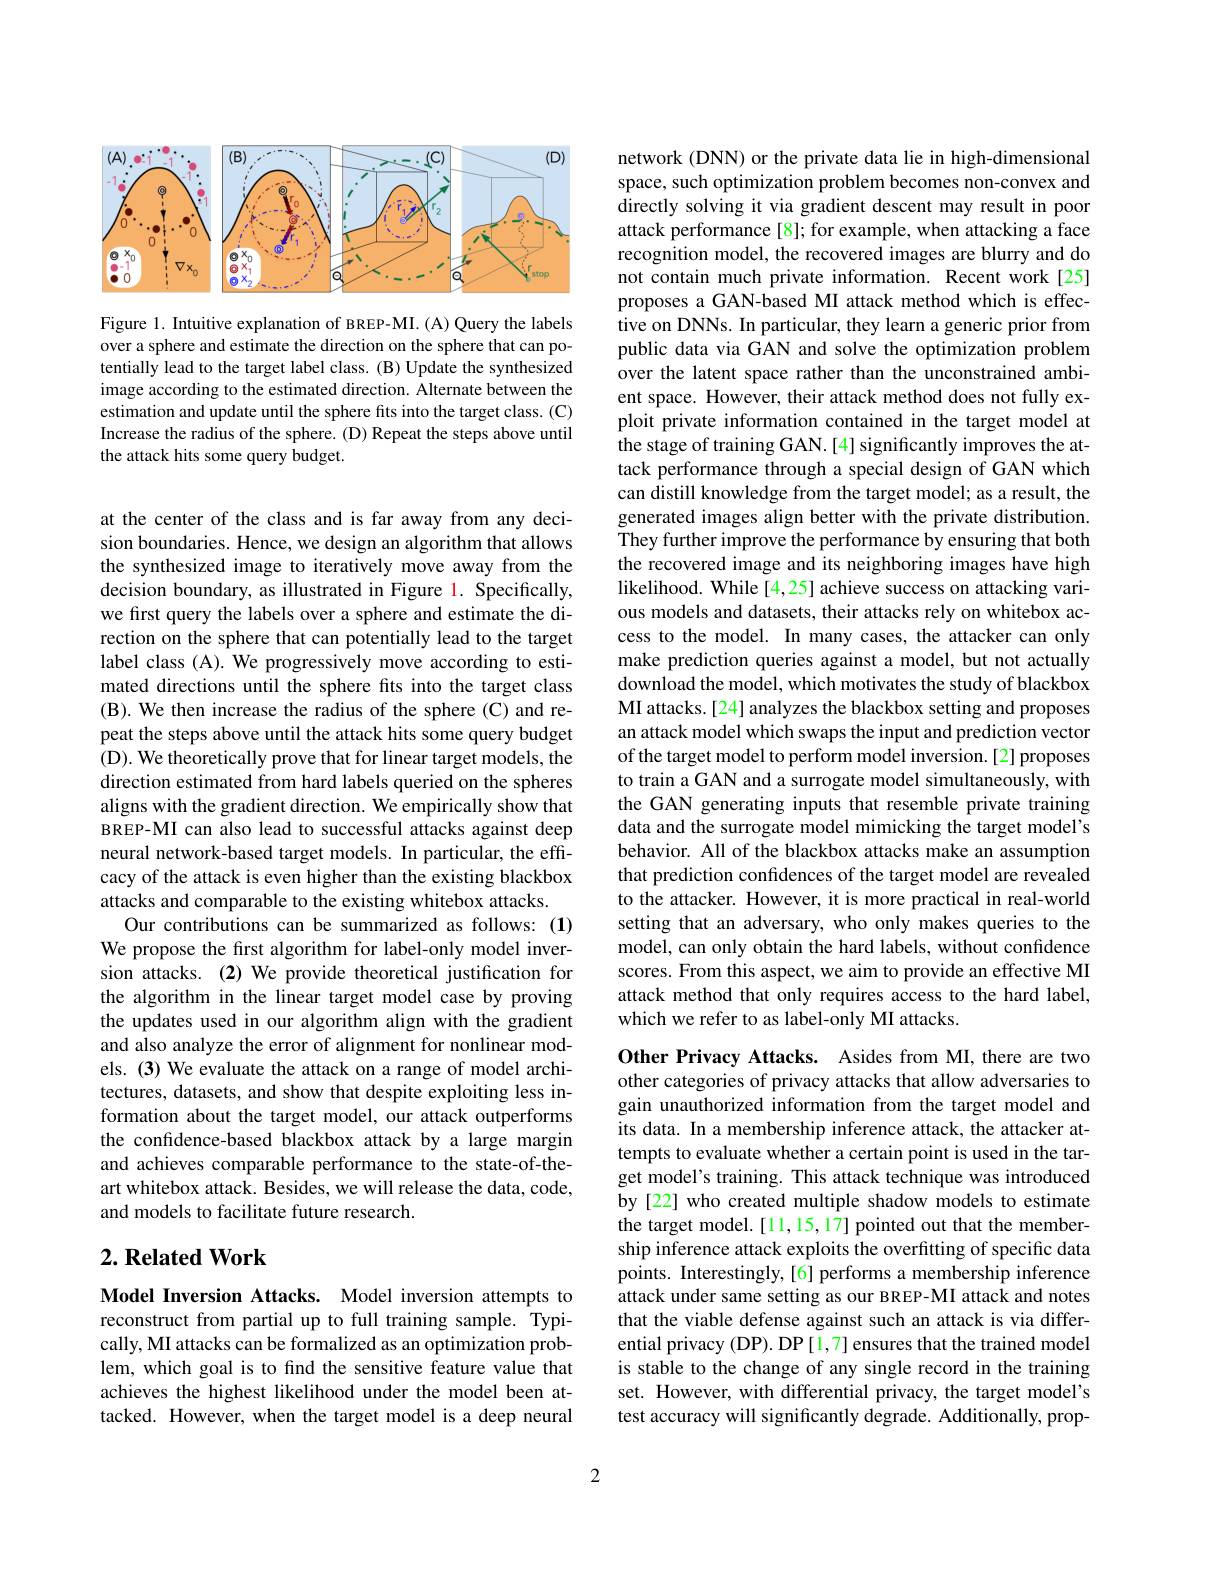
<FigureHere>

Figure 1. Intuitive explanation of BREP-MI. (A) Query the labels over a sphere and estimate the direction on the sphere that can potentially lead to the target label class. (B) Update the synthesized image according to the estimated direction. Alternate between the estimation and update until the sphere fits into the target class. (C) Increase the radius of the sphere. (D) Repeat the steps above until the attack hits some query budget.

at the center of the class and is far away from any decision boundaries. Hence, we design an algorithm that allows the synthesized image to iteratively move away from the decision boundary, as illustrated in Figure 1. Specifically, we first query the labels over a sphere and estimate the direction on the sphere that can potentially lead to the target label class (A). We progressively move according to estimated directions until the sphere fits into the target class (B). We then increase the radius of the sphere (C) and repeat the steps above until the attack hits some query budget (D). We theoretically prove that for linear target models, the direction estimated from hard labels queried on the spheres aligns with the gradient direction. We empirically show that BREP-MI can also lead to successful attacks against deep neural network-based target models. In particular, the effcacy of the attack is even higher than the existing blackbox attacks and comparable to the existing whitebox attacks.
Our contributions can be summarized as follows: (1) We propose the first algorithm for label-only model inversion attacks. (2) We provide theoretical justification for the algorithm in the linear target model case by proving the updates used in our algorithm align with the gradient and also analyze the error of alignment for nonlinear models. (3) We evaluate the attack on a range of model architectures, datasets, and show that despite exploiting less information about the target model, our attack outperforms the confidence-based blackbox attack by a large margin and achieves comparable performance to the state-of-theart whitebox attack. Besides, we will release the data, code, and models to facilitate future research.

## $2. \textbf{Related Work}$

Model Inversion Attacks. Model inversion attempts to reconstruct from partial up to full training sample. Typically, MI attacks can be formalized as an optimization problem, which goal is to find the sensitive feature value that achieves the highest likelihood under the model been attacked. However, when the target model is a deep neural

network (DNN) or the private data lie in high-dimensional space, such optimization problem becomes non-convex and directly solving it via gradient descent may result in poor attack performance [8]; for example, when attacking a face recognition model, the recovered images are blurry and do not contain much private information. Recent work[25] proposes a GAN-based MI attack method which is effective on DNNs. In particular, they learn a generic prior from public data via GAN and solve the optimization problem over the latent space rather than the unconstrained ambient space. However, their attack method does not fully exploit private information contained in the target model at the stage of training GAN.[4] significantly improves the attack performance through a special design of GAN which can distill knowledge from the target model; as a result, the generated images align better with the private distribution. $\tilde{\text{They further improve the performance by ensuring that both}}$ the recovered image and its neighboring images have high likelihood. While[4,25] achieve success on attacking various models and datasets, their attacks rely on whitebox access to the model. In many cases, the attacker can only make prediction queries against a model, but not actually download the model, which motivates the study of blackbox MI attacks. [24] analyzes the blackbox setting and proposes an attack model which swaps the input and prediction vector of the target model to perform model inversion.[2] proposes to train a GAN and a surrogate model simultaneously, with the GAN generating inputs that resemble private training data and the surrogate model mimicking the target model's behavior. All of the blackbox attacks make an assumption that prediction confidences of the target model are revealed to the attacker. However, it is more practical in real-world setting that an adversary, who only makes queries to the model, can only obtain the hard labels, without confidence scores. From this aspect, we aim to provide an effective MI attack method that only requires access to the hard label, which we refer to as label-only MI attacks.

Other Privacy Attacks. Asides from MI, there are two other categories of privacy attacks that allow adversaries to gain unauthorized information from the target model and its data. In a membership inference attack, the attacker attempts to evaluate whether a certain point is used in the target model's training. This attack technique was introduced by [22] who created multiple shadow models to estimate the target model.[11,15,17] pointed out that the membership inference attack exploits the overfitting of specific data points. Interestingly,[6] performs a membership inference attack under same setting as our BREP-MI attack and notes that the viable defense against such an attack is via differential privacy (DP). DP [1,7] ensures that the trained model is stable to the change of any single record in the training set. However, with differential privacy, the target model's test accuracy will significantly degrade. Additionally, prop-

2